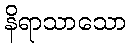
နိရာသာသော